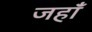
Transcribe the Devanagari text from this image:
जहाँं